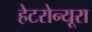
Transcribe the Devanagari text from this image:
हेटरोन्यूरा